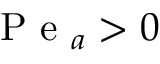
\mathrm { ~ P ~ e ~ } _ { a } > 0